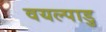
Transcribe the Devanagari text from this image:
वयल्पाडु